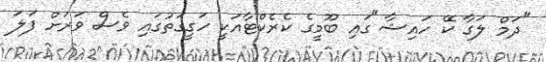
"ދަމް ލަގާ ކޭ ހައިޝާ"ގައި ބޫމީގެ ކެރެކްޓާއަކީ ހަގީގަތުގައި ވެސް ވަރަށް ފަލަ